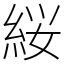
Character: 䋝